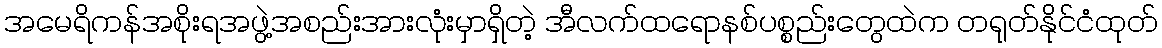
အမေရိကန်အစိုးရအဖွဲ့အစည်းအားလုံးမှာရှိတဲ့ အီလက်ထရောနစ်ပစ္စည်းတွေထဲက တရုတ်နိုင်ငံထုတ်